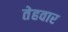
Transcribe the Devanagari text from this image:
तेहवार